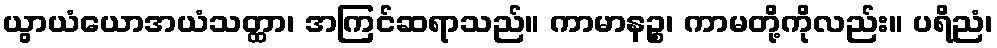
ယွာယံယောအယံသတ္ထာ၊ အကြင်ဆရာသည်။ ကာမာနဉ္စ၊ ကာမတို့ကိုလည်း။ ပရိညံ၊